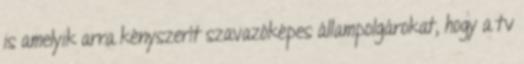
is amelyik arra kényszerít szavazóképes állampolgárokat, hogy a tv